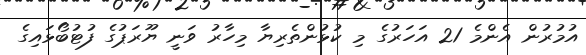
އުމުރުން އެންމެ 21 އަހަރުގެ މި ކުޅުންތެރިޔާ މިހާރު ވަނީ ޔޫރަޕުގެ ފުޓުބޯޅައިގެ